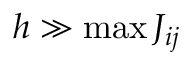
h \gg \operatorname* { m a x } J _ { i j }